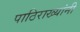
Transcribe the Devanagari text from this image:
पाठिराख्यांनी